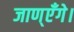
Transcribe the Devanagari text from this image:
जाण्‌एँगे।